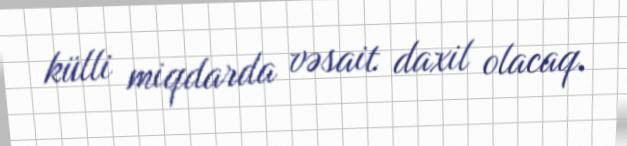
külli miqdarda vəsait daxil olacaq.